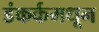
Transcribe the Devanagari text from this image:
डंकर्कमधून